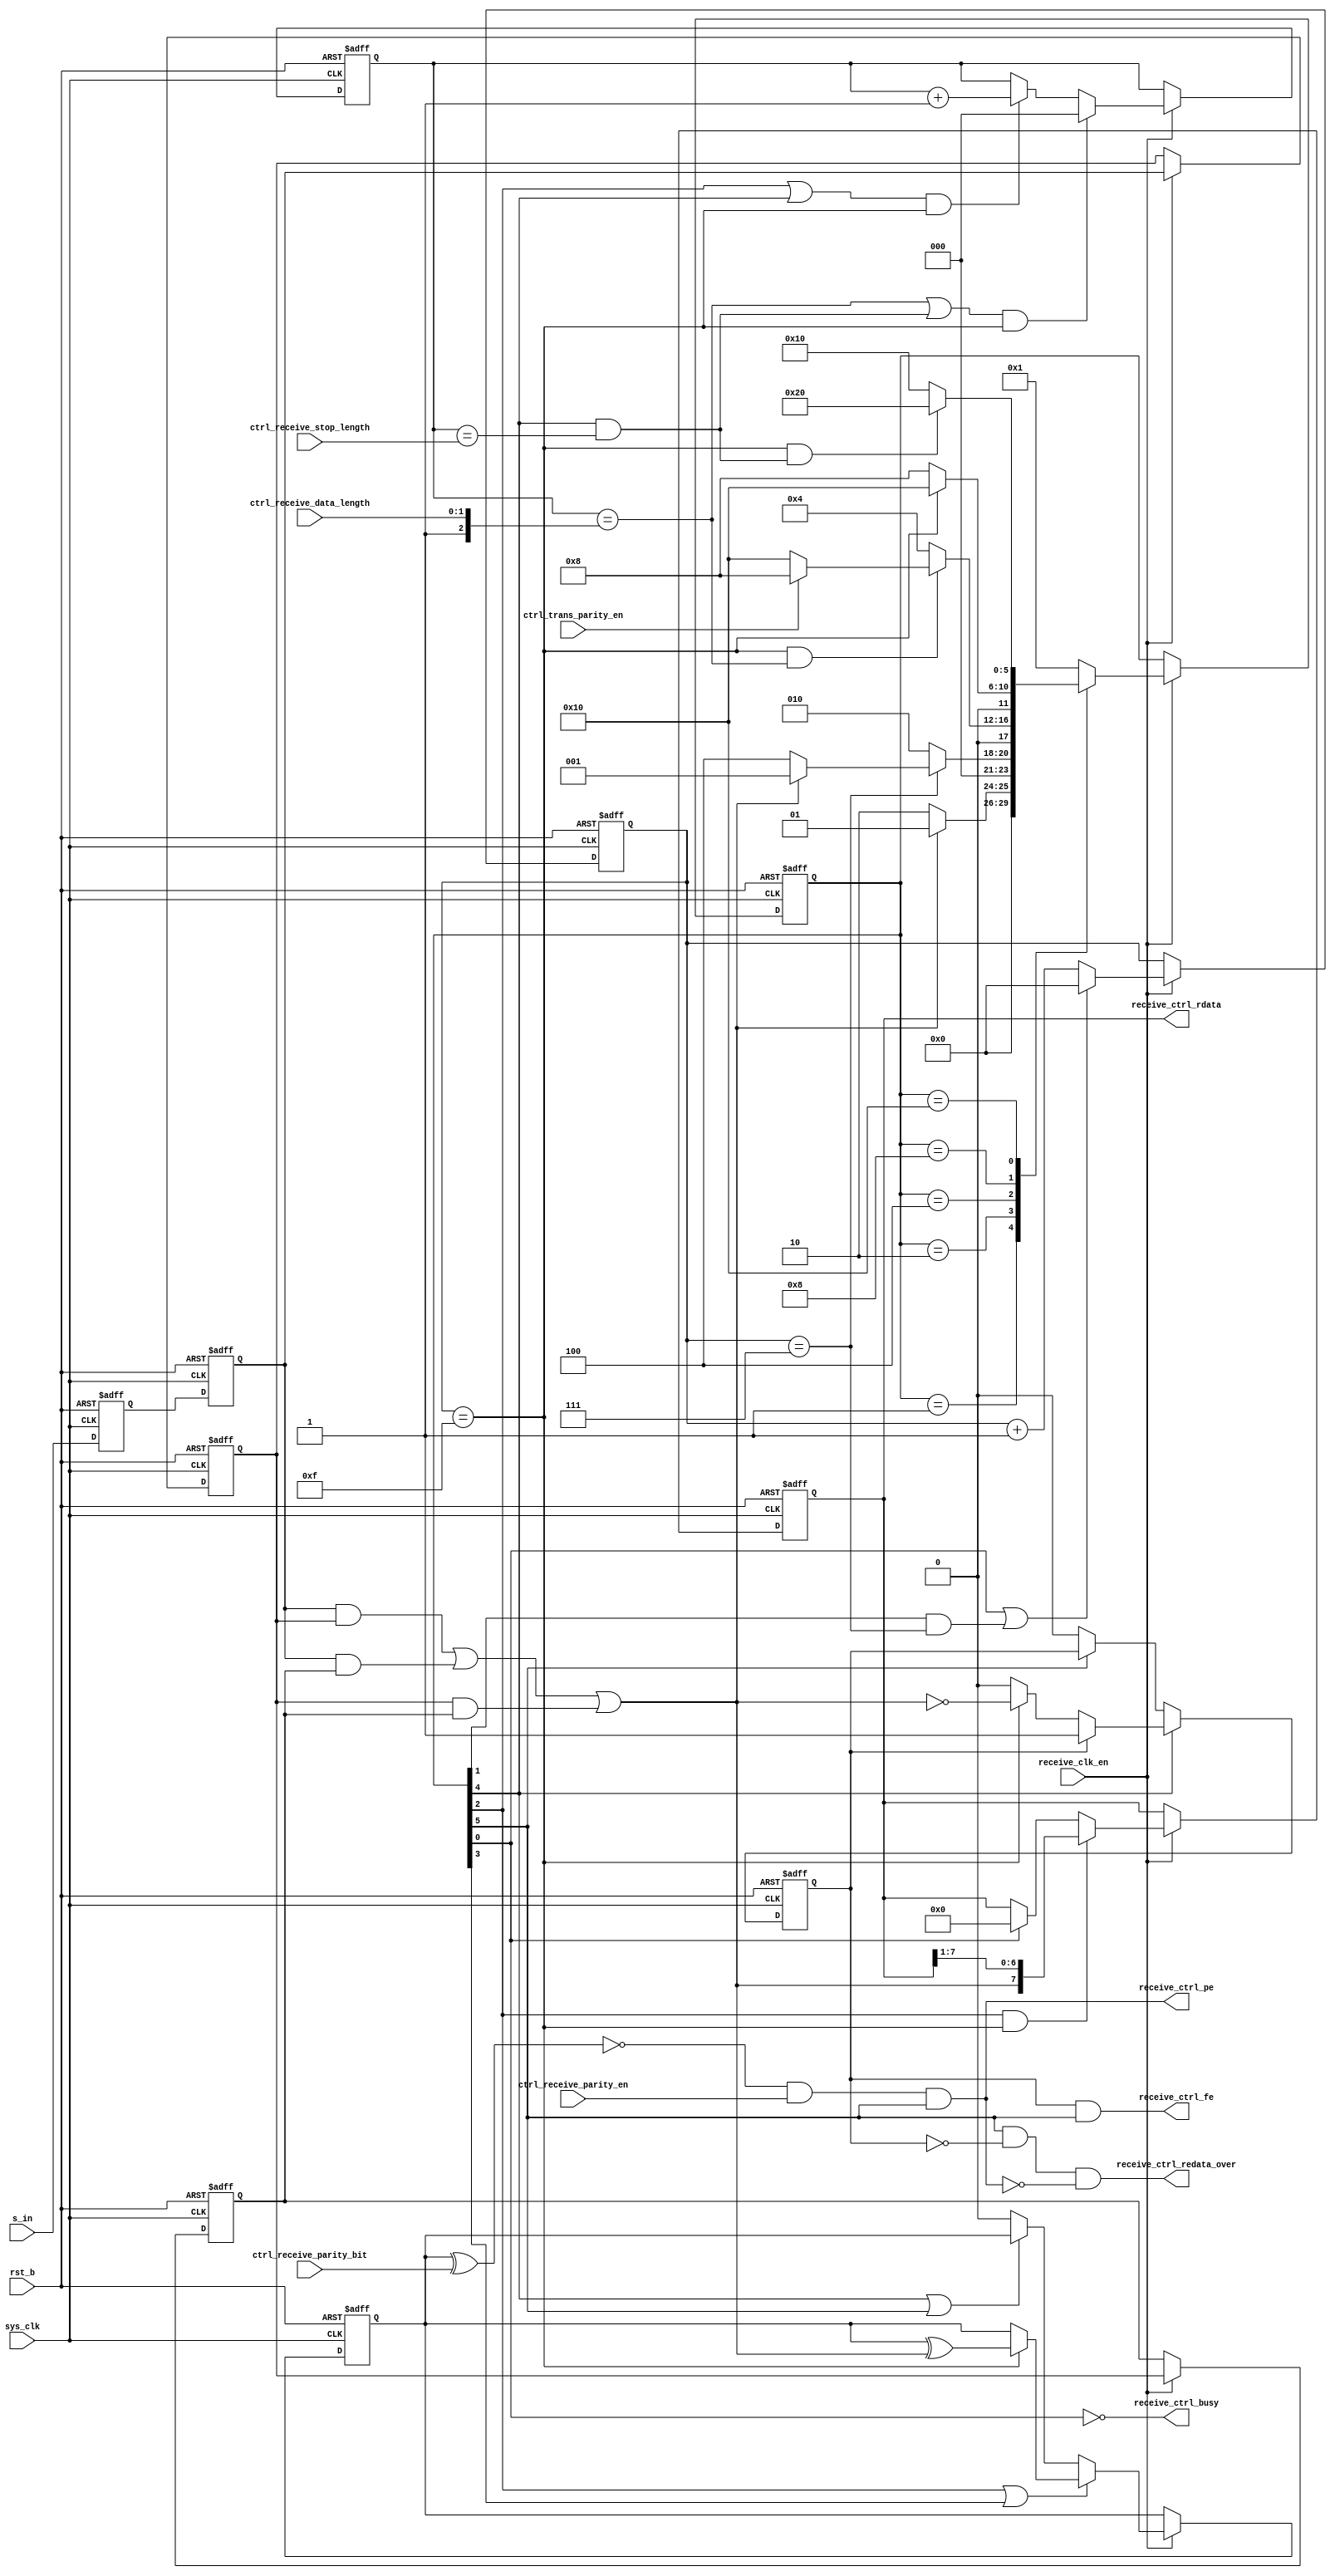
/*Copyright 2020-2021 T-Head Semiconductor Co., Ltd.

Licensed under the Apache License, Version 2.0 (the "License");
you may not use this file except in compliance with the License.
You may obtain a copy of the License at

    http://www.apache.org/licenses/LICENSE-2.0

Unless required by applicable law or agreed to in writing, software
distributed under the License is distributed on an "AS IS" BASIS,
WITHOUT WARRANTIES OR CONDITIONS OF ANY KIND, either express or implied.
See the License for the specific language governing permissions and
limitations under the License.
*/






















module uart_receive(
  ctrl_receive_data_length,
  ctrl_receive_parity_bit,
  ctrl_receive_parity_en,
  ctrl_receive_stop_length,
  ctrl_trans_parity_en,
  receive_clk_en,
  receive_ctrl_busy,
  receive_ctrl_fe,
  receive_ctrl_pe,
  receive_ctrl_rdata,
  receive_ctrl_redata_over,
  rst_b,
  s_in,
  sys_clk
);


input   [1:0]  ctrl_receive_data_length; 
input          ctrl_receive_parity_bit; 
input          ctrl_receive_parity_en;  
input          ctrl_receive_stop_length; 
input          ctrl_trans_parity_en;    
input          receive_clk_en;          
input          rst_b;                   
input          s_in;                    
input          sys_clk;                 
output         receive_ctrl_busy;       
output         receive_ctrl_fe;         
output         receive_ctrl_pe;         
output  [7:0]  receive_ctrl_rdata;      
output         receive_ctrl_redata_over; 


reg     [3:0]  counter;                 
reg     [5:0]  cur_state;               
reg     [2:0]  da_conter;               
reg            di_reg1;                 
reg            di_reg2;                 
reg            fram_error;              
reg     [5:0]  next_state;              
reg            parity_cout;             
reg     [7:0]  receive_shift_reg;       
reg            sync1;                   
reg            sync2;                   


wire           cont_16;                 
wire           cont_8;                  
wire    [1:0]  ctrl_receive_data_length; 
wire           ctrl_receive_parity_bit; 
wire           ctrl_receive_parity_en;  
wire           ctrl_receive_stop_length; 
wire           ctrl_trans_parity_en;    
wire           data_over;               
wire           di_rx_in;                
wire           receive_clk_en;          
wire           receive_ctrl_busy;       
wire           receive_ctrl_fe;         
wire           receive_ctrl_pe;         
wire    [7:0]  receive_ctrl_rdata;      
wire           receive_ctrl_redata_over; 
wire           rst_b;                   
wire           rx_in;                   
wire           s_in;                    
wire           stop_over;               
wire           sys_clk;                 


parameter IDLE     = 6'b000001,
          START    = 6'b000010,
          DATA     = 6'b000100,
          PARITY   = 6'b001000,
          STOP     = 6'b010000,
          CLECT_SIG  = 6'b100000;

always@(posedge sys_clk or negedge rst_b)
begin
  if(!rst_b)
    cur_state[5:0] <= IDLE;
  else if(receive_clk_en)
    cur_state[5:0] <= next_state[5:0];
end




always @(posedge sys_clk or negedge rst_b)
begin 
  if(rst_b == 1'b0)
    begin
      sync1 <= 1'b1;
      sync2 <= 1'b1;
    end
  else
    begin
      sync1 <= s_in;
      sync2 <= sync1;
    end
end 
assign rx_in = sync2;






always @(posedge sys_clk or negedge rst_b)
begin        
  if(rst_b == 1'b0)
    begin
      di_reg1 <= 1'b1;
      di_reg2 <= 1'b1;
    end
   else if(receive_clk_en)
     begin
       di_reg1 <= rx_in;
       di_reg2 <= di_reg1;
     end
end 
assign di_rx_in = (rx_in & di_reg1) | (rx_in & di_reg2) | (di_reg1 & di_reg2);




always @( di_rx_in
       or stop_over
       or cur_state[5:0]
       or cont_8
       or cont_16
       or data_over
       or ctrl_trans_parity_en)
begin
next_state[5:0] = IDLE;
case(cur_state[5:0])
  IDLE:
  begin
    if(!di_rx_in)
      next_state[5:0] = START;
  end
  START:
  begin
    if(cont_8)
    begin
      if(!di_rx_in)
      next_state[5:0] = DATA;
    end
    else
      next_state[5:0] = START;
  end
  DATA:
  begin 
   if(cont_16 && data_over)
     next_state[5:0] = ctrl_trans_parity_en ? PARITY : STOP;
   else
     next_state[5:0] = DATA;
  end
  PARITY:
  begin
    if(cont_16)
      next_state[5:0] = STOP;
    else
      next_state[5:0] = PARITY;
  end  
  STOP:
  begin      
    if(cont_16 && stop_over)
    begin
      next_state[5:0] = CLECT_SIG;
    end
    else
      next_state[5:0] = STOP;
  end
  CLECT_SIG:
    next_state[5:0] = IDLE; 
  default: next_state[5:0] = IDLE;
endcase

end



always@(posedge sys_clk or negedge rst_b)
begin
  if(!rst_b)
    counter[3:0] <= 4'b0;
  else if(receive_clk_en)
  begin
   if( (cur_state[0]) || ((cur_state[1]) && cont_8))
     counter[3:0] <= 4'b0;
   else
     counter[3:0] <= counter[3:0] + 1;
  end
end

assign cont_8   = (counter[3:0] == 4'b0111);
assign cont_16  = (counter[3:0] == 4'b1111);



always@(posedge sys_clk or negedge rst_b)
begin
  if(!rst_b)
   da_conter[2:0] <= 2'b0;
 else if(receive_clk_en) 
 begin
   if((data_over || stop_over)&& cont_16)
    da_conter[2:0] <= 2'b0;
   else if(((cur_state[2]) ||(cur_state[4])) && cont_16)
    da_conter[2:0] <= da_conter[2:0] + 1'b1;
 end
end

assign data_over        = (da_conter[2:0] == {1'b1,ctrl_receive_data_length[1:0]});
assign stop_over        = (cur_state[4]) && (da_conter[2:0] == {2'b0,ctrl_receive_stop_length});




always@(posedge sys_clk or negedge rst_b)
begin 
  if( !rst_b )
    receive_shift_reg[7:0] <= 8'b0;
  else if(receive_clk_en)
  begin
    if((cur_state[2])&& cont_16)
    receive_shift_reg[7:0] <= {di_rx_in,receive_shift_reg[7:1]};
   else if((cur_state[0]))
    receive_shift_reg[7:0] <= 8'b0;
  end
end

assign receive_ctrl_rdata[7:0]   = receive_shift_reg[7:0];




assign receive_ctrl_busy         = ~(cur_state[0]);


always@(posedge sys_clk or negedge rst_b)
begin
  if( !rst_b )
    parity_cout <= 1'b0;
  else if(receive_clk_en)
  begin
    if((cur_state[2]) || (cur_state[3]))
     begin
     if(cont_16)
      parity_cout  <= parity_cout ^ di_rx_in;
     else
      parity_cout  <= parity_cout;
    end
    else if(cur_state[4] || cur_state[5]) 
     parity_cout <= parity_cout;
    else
     parity_cout <= 1'b0;
 end
end



always@(posedge sys_clk or negedge rst_b)
begin
  if( !rst_b )
    fram_error <= 1'b0;
  else if((cur_state[4]))
  begin
    if(fram_error == 1'b1)
       fram_error <= fram_error;
    else if(cont_16)
      fram_error <= ~di_rx_in;
    else
      fram_error <= fram_error;
  end
  else if(cur_state[5])
    fram_error <= fram_error;
  else
    fram_error <= 1'b0;
end



assign receive_ctrl_pe  = (~(parity_cout ^ ctrl_receive_parity_bit)) && ctrl_receive_parity_en && (cur_state[5]);  

assign receive_ctrl_fe  = fram_error && (cur_state[5]);



assign receive_ctrl_redata_over  = cur_state[5] && !fram_error && !receive_ctrl_pe;



endmodule